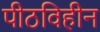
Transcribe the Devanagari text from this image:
पीठविहीन